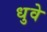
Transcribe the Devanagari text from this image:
धुवे